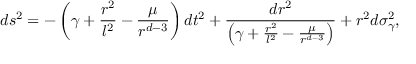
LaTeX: d s ^ { 2 } = - \left( \gamma + \frac { r ^ { 2 } } { l ^ { 2 } } - \frac { \mu } { r ^ { d - 3 } } \right) d t ^ { 2 } + \frac { d r ^ { 2 } } { \left( \gamma + \frac { r ^ { 2 } } { l ^ { 2 } } - \frac { \mu } { r ^ { d - 3 } } \right) } + r ^ { 2 } d \sigma _ { \gamma } ^ { 2 } ,